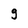
Character: g